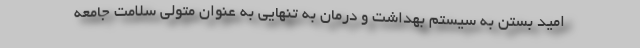
امید بستن به سیستم بهداشت و درمان به تنهایی به عنوان متولی سلامت جامعه